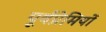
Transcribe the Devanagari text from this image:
पूर्वप्रेमियों